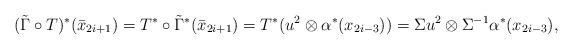
LaTeX: \begin{align*}(\tilde{\Gamma}\circ T)^*(\bar{x}_{2i+1})=T^*\circ\tilde{\Gamma}^*(\bar{x}_{2i+1})=T^*(u^2\otimes\alpha^*(x_{2i-3}))=\Sigma u^2\otimes\Sigma^{-1}\alpha^*(x_{2i-3}),\end{align*}